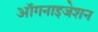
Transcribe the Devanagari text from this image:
ऑगनाइजेशन